画像に写った文字を読んでください
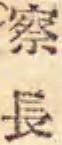
「察長」と書いてあります